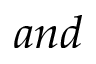
a n d